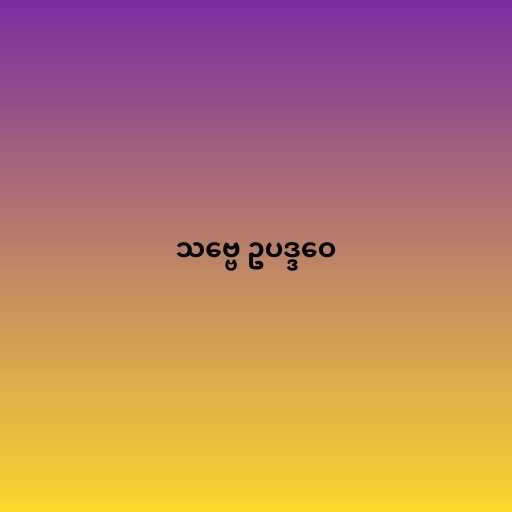
သဗ္ဗေ ဥပဒ္ဒဝေ